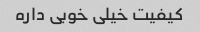
کیفیت خیلی خوبی داره